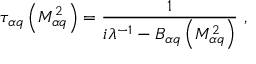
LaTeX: \tau _ { \alpha q } \left( M _ { \alpha q } ^ { 2 } \right) = \frac { 1 } { i \lambda ^ { - 1 } - { \cal B } _ { \alpha q } \left( M _ { \alpha q } ^ { 2 } \right) } \ ,